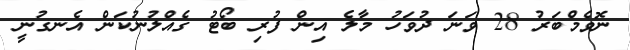
ނޮވެމްބަރު 28 ވަނަ ދުވަހު މާލެ އިން ފުރި ބޯޓު ގެއްލުނުކަން އެނގުނީ